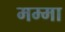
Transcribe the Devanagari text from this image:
मम्मा